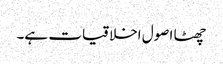
چھٹا اصول اخلاقیات ہے۔